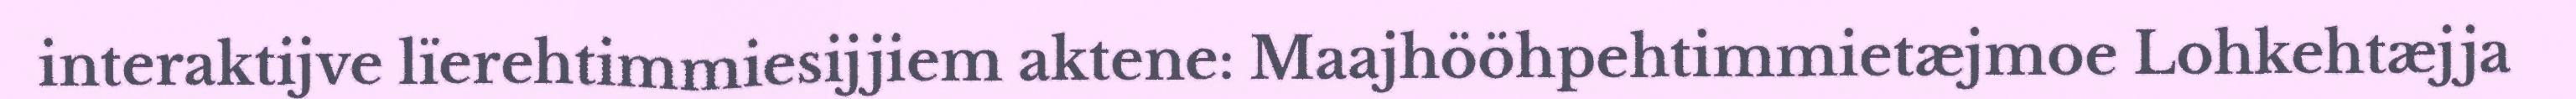
interaktijve lïerehtimmiesijjiem aktene: Maajhööhpehtimmietæjmoe Lohkehtæjja